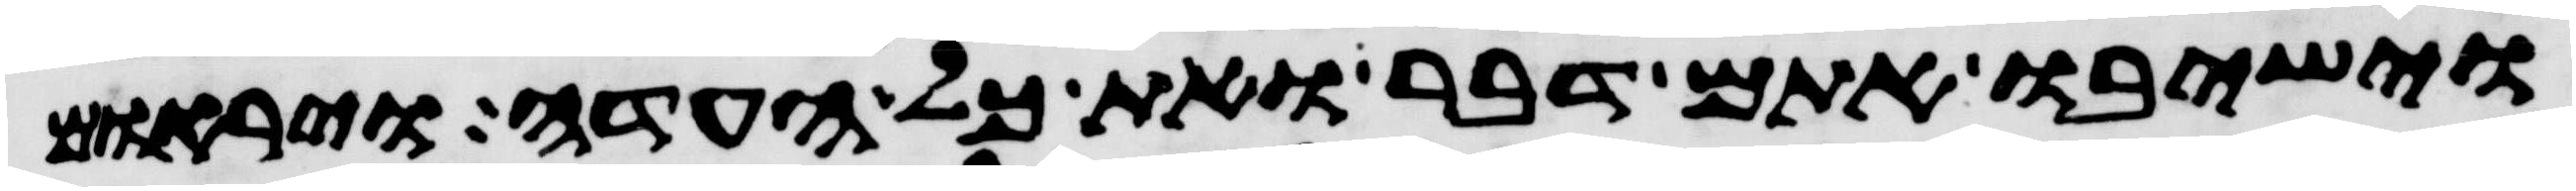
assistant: וישיבו אתם דבר ואת כל העדה ויראום